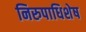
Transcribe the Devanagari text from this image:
निरुपाधिशेष